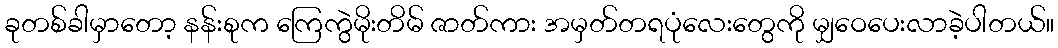
ခုတစ်ခါမှာတော့ နန်းစုက ကြေကွဲမိုးတိမ် ဇာတ်ကား အမှတ်တရပုံလေးတွေကို မျှဝေပေးလာခဲ့ပါတယ်။